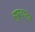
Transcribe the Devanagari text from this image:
सुरदानव